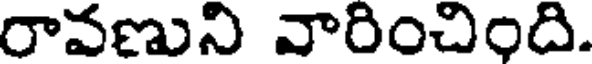
రావణుని వారించింది.